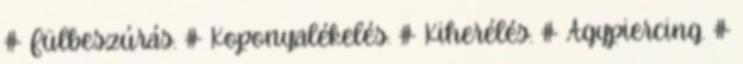
# Fülbeszúrás. # Koponyalékelés. # Kiherélés. # Agypiercing. #